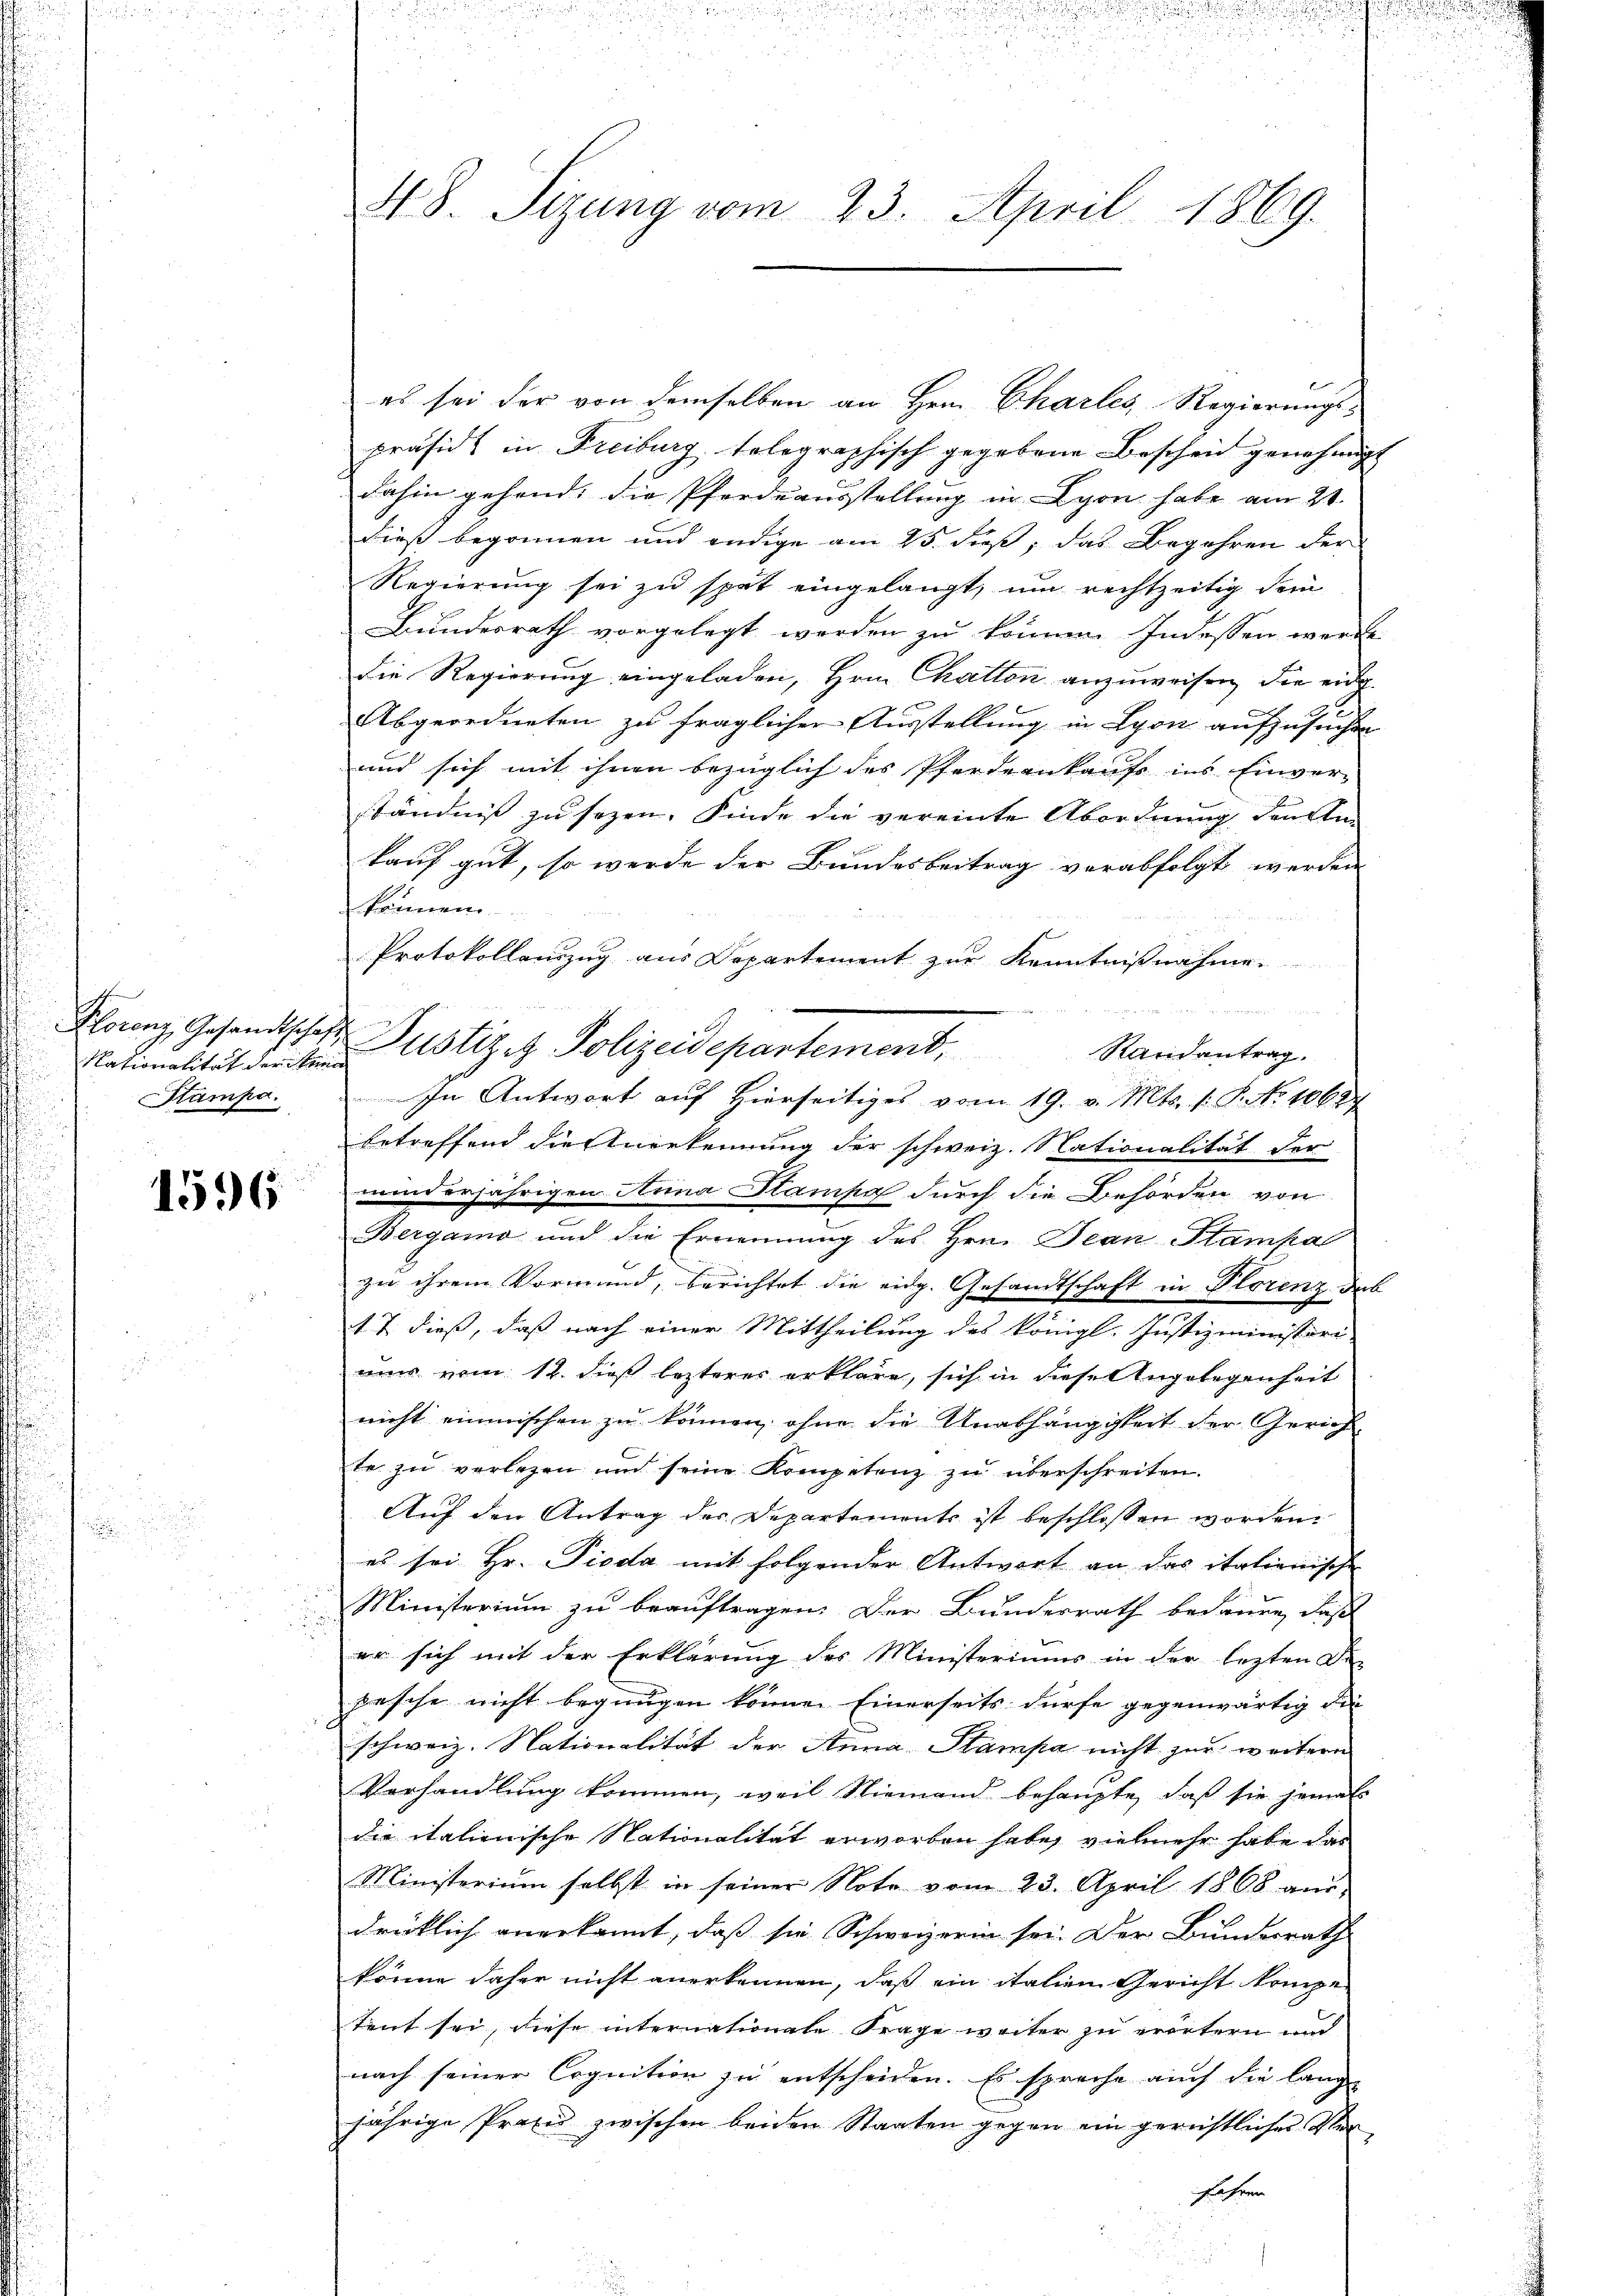
Florenz, Gesandtschaft
Stampa.

1596

.

u
48. Sizung vom 23. April 1869.

Nationalität der itern Astiz & Polizeidepartement, Randantrag.

es sei der von demselben an Hrn. Charles, Regierungspräsidi in Freiburg telegraphisch gegebene Bescheid genehmigt
dahin gehend: die Pferdeausstellung in Lyon habe am 21.
dieß begonnen und endige am 25. Fuß, das Begehren der
Regierung sei zu spät eingelangt, um rechtzeitig dem
Bundesrath vorgelegt werden zu können. Indessen werde
die Regierung eingeladen, Hrn. Chatten anzuweisen, die eidg.
Abgeordneten zu fraglicher Ausstellung in Lyon aufzusuchen
und sich mit ihnen bezüglich des Pferdenkaufs ins Einver-
ständniß zu sezen. Finde die vereinte Abordnung denkten
kauf gut, so werde der Bundesbeitrag verabfolgt werden
können.
Protokollenzug aus Departement zur Kenntnißnahme
In Antwort auf Hierseitiges vom 19. v. Mts. 1. P. No 1062.
betreffend die Anerkennung der schweiz. Nationalität der
minderjährigen Anna Stampe durch die Behörden von
Bergamo und die Ernennung des Hrn. Jean Stampal
zu ihrem Vormund, berichtet die eidg. Gesandtschaft in Plorenz des
17. dieß, daß nach einer Mittheilung des königl. Justizministori-
nur vom 12. dieß lezteres erkläre, sich in diese Angelegenheit
nicht einmischen zu können, ohne die Unabhängigkeit der Gerich
te zu verlegen und seine Kompetenz zu überschreiten.
Auf den Antrag der Departements ist beschlossen worden.
es sei Hr. Pioda mit folgender Antwort an das italienische
Ministerium zu beauftragen. Der Bundesrath bedaure, daß
er sich mit der Erklärung des Ministeriums in der lezten Di
pesche nicht begnügen könne. Einerseits dürfe gegenwärtig die
schweiz. Nationalität der Anna Stampa nicht zur weitern
Vorhandlung kommen, weil Niemand behaupte, daß sie jemal
die italienische Nationalität erworben habe, vielmehr habe das
Ministerium selbst in seiner Note vom 23. April 1868 aŭs-
drücklich anerkannt, daß sie Schweizerin sei. Der Bundesrath
könne daher nicht anerkennen, daß ein italien Gericht kompe
tent sei, diese internationale Frage weiter zu erörtern und
nach seiner Cognition zu entscheiden. Es spreche auch die lange
jährige Praxis zwischen beiden Staaten gegen ein gerichtliches Ver
Jahrer

e